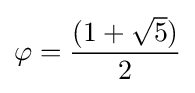
\varphi ={(1+{\sqrt {5}}) \over 2}